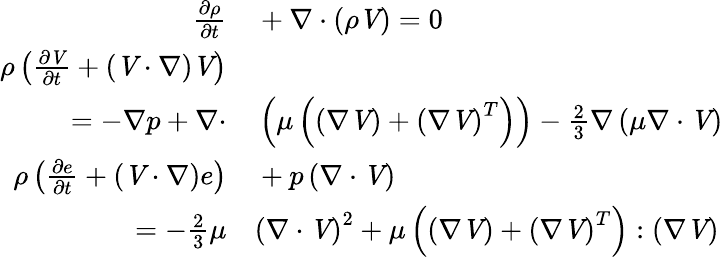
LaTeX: \begin{array}{rl}{\frac{\partial\rho}{\partial t}}&{{}+\nabla\cdot\left(\rho\textbf{\textit{V}}\right)=0}\\ {\rho\left(\frac{\partial\textbf{\textit{V}}}{\partial t}+\left(\textbf{\textit{V}}\cdot\nabla\right)\textbf{\textit{V}}\right)}&{{}}\\ {=-\nabla p+\nabla\cdot}&{{}\left(\mu\left(\left(\nabla\textbf{\textit{V}}\right)+\left(\nabla\textbf{\textit{V}}\right)^{T}\right)\right)-\frac{2}{3}\nabla\left(\mu\nabla\cdot\textbf{\textit{V}}\right)}\\ {\rho\left(\frac{\partial e}{\partial t}+\left(\textbf{\textit{V}}\cdot\nabla\right)e\right)}&{{}+p\left(\nabla\cdot\textbf{\textit{V}}\right)}\\ {=-\frac{2}{3}\mu}&{{}\left(\nabla\cdot\textbf{\textit{V}}\right)^{2}+\mu\left(\left(\nabla\textbf{\textit{V}}\right)+\left(\nabla\textbf{\textit{V}}\right)^{T}\right):\left(\nabla\textbf{\textit{V}}\right)}\end{array}